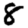
Digit: 8